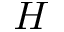
\cal { H }